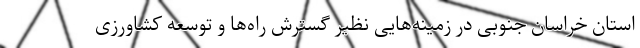
استان خراسان جنوبی در زمینه‌هایی نظیر گسترش راه‌ها و توسعه کشاورزی